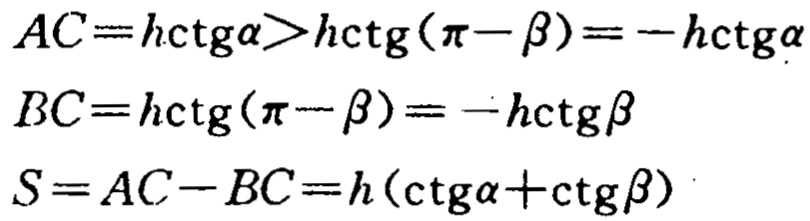
\[

\begin{align*}

AC&=h\mathrm{ctg}\alpha>h\mathrm{ctg}(\pi - \beta)=-h\mathrm{ctg}\alpha\\

BC&=h\mathrm{ctg}(\pi - \beta)=-h\mathrm{ctg}\beta\\

S&=AC - BC=h(\mathrm{ctg}\alpha+\mathrm{ctg}\beta)

\end{align*}

\]